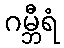
ဂမ္ဘီရံ